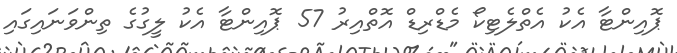
ޕޮއިންޓާ އެކު އެތްލެޓިކޯ މެޑްރިޑް އޮތްއިރު 57 ޕޮއިންޓާ އެކު ލީގުގެ ތިންވަނައިގައި